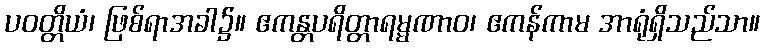
ပဝတ္တိယံ၊ ဖြစ်ရာအခါ၌။ ဧကန္တပရိတ္တာရမ္မဏာဝ၊ ဧကန်ကာမ အာရုံရှိသည်သာ။